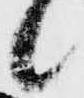
候